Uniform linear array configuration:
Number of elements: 8
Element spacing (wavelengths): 0.5
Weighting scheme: kaiser
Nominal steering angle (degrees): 15
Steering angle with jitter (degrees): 13.593
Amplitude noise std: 0.05
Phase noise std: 0.05

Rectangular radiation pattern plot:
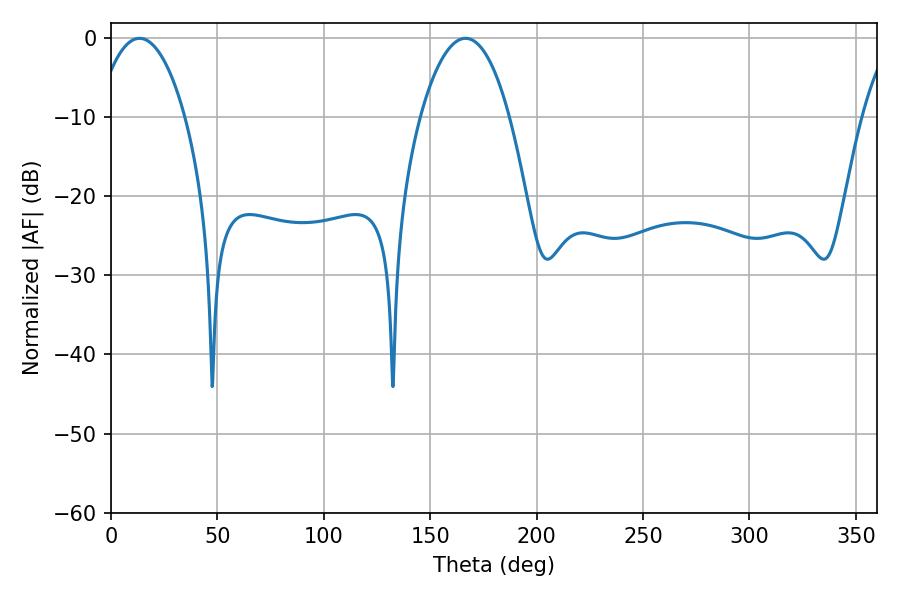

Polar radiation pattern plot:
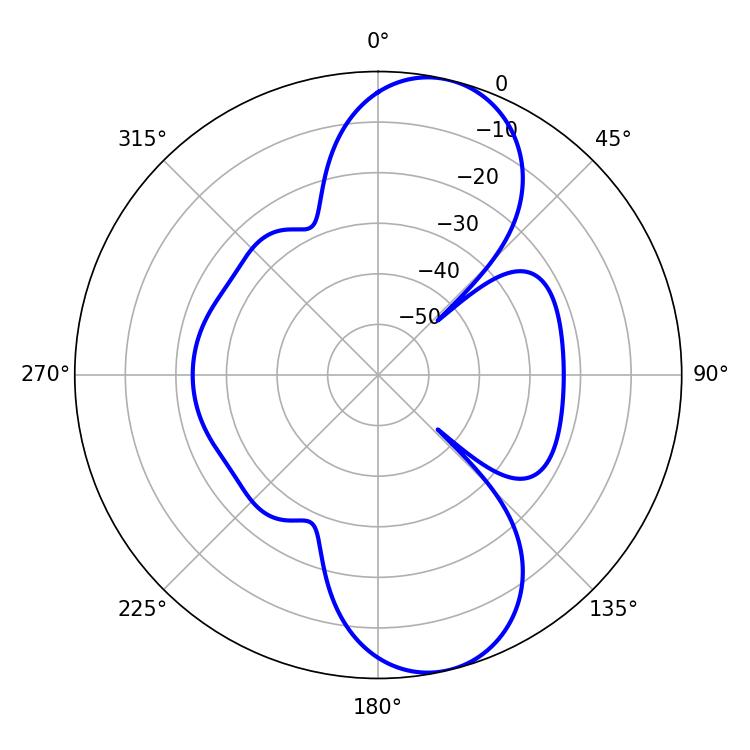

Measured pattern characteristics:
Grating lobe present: FALSE
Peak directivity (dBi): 10.01
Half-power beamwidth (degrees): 23.22
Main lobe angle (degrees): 13.32